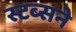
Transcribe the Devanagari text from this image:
स्टब्सने